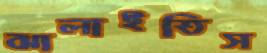
ঝালাইতিস